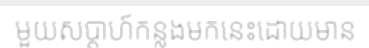
មួយសប្តាហ៍កន្លងមកនេះដោយមាន